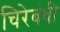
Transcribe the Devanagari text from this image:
चिरेबंधी